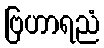
ဗြဟာရညံ